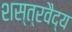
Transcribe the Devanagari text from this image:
शस्त्रवैद्य